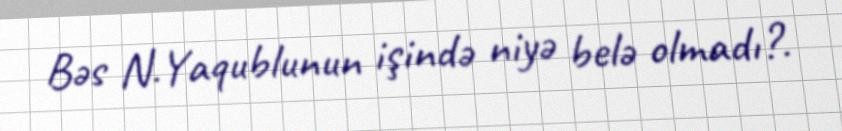
Bəs N.Yaqublunun işində niyə belə olmadı?.